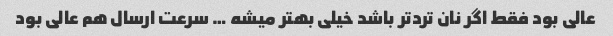
عالی بود فقط اگر نان ترد‌تر باشد خیلی بهتر میشه … سرعت ارسال هم عالی بود